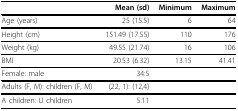
|  | Mean (sd) | Minimum | Maximum |
 | --- | --- | --- | --- |
 | Age (years) | 25 (15.5) | 6 | 64 |
 | Height (cm) | 151.49 (17.55) | 110 | 176 |
 | Weight (kg) | 49.55 (21.74) | 16 | 106 |
 | BMI | 20.53 (6.32) | 13.15 | 41.41 |
 | Female: male | 34:5 |  |  |
 | Adults (F, M): children (F, M) | (22, 1): (12,4) |  |  |
 | A children: U children | 5:11 |  |  |